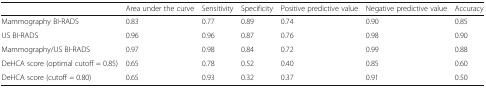
|  | Area under the curve | Sensitivity | Specificity | Positive predictive value | Negative predictive value | Accuracy |
 | --- | --- | --- | --- | --- | --- | --- |
 | Mammography BI-RADS | 0.83 | 0.77 | 0.89 | 0.74 | 0.90 | 0.85 |
 | US BI-RADS | 0.96 | 0.96 | 0.87 | 0.76 | 0.98 | 0.90 |
 | Mammography/US BI-RADS | 0.97 | 0.98 | 0.84 | 0.72 | 0.99 | 0.88 |
 | DeHCA score (optimal cutoff = 0.85) | 0.65 | 0.78 | 0.52 | 0.40 | 0.85 | 0.60 |
 | DeHCA score (cutoff = 0.80) | 0.65 | 0.93 | 0.32 | 0.37 | 0.91 | 0.50 |